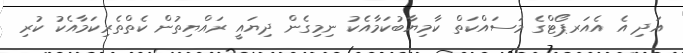
އަދި އެ އެއަރޕޯޓްގެ މަސައްކަތް ކާމިޔާބުކަމާއެކު ނިމިގެން ދިޔައީ ރައްޔިތުން ކެތްތެރިކަމާއެކު ކުރި